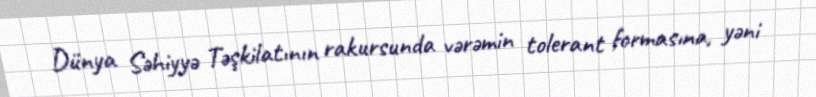
Dünya Səhiyyə Təşkilatının rakursunda vərəmin tolerant formasına, yəni